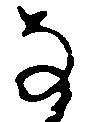
な